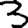
Digit: 3